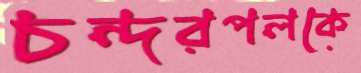
চন্দরপলকে